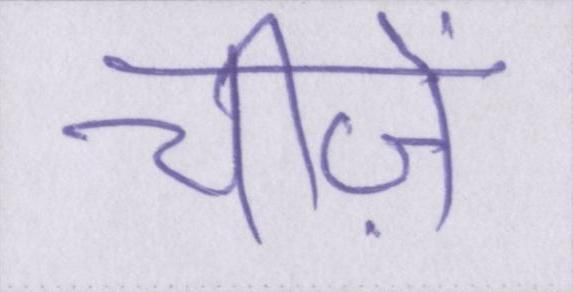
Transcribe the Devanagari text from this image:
चीज़ें